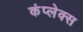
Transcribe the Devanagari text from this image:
कंप्लेक्स